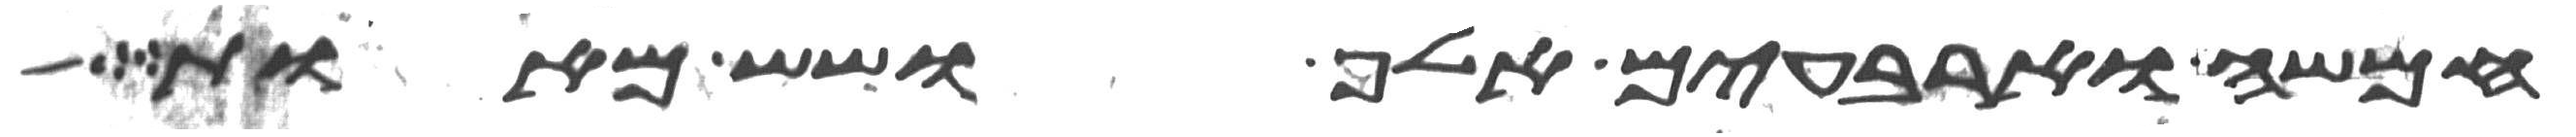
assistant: חמשה וארבעים אלף ושש מאות